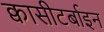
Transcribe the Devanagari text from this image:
क्वासीटर्बाइन